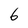
Character: 6